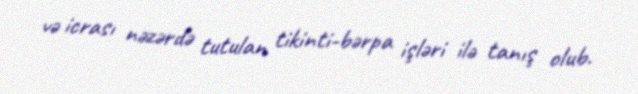
və icrası nəzərdə tutulan tikinti-bərpa işləri ilə tanış olub.